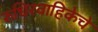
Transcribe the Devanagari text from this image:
रुधिरवाहिकेचे